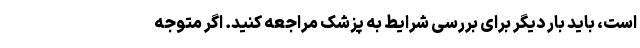
است، باید بار دیگر برای بررسی شرایط به پزشک مراجعه کنید. اگر متوجه